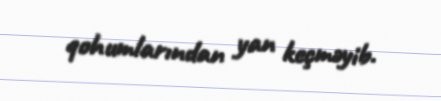
qohumlarından yan keçməyib.